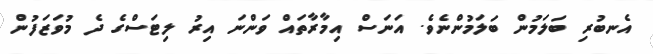
އެނބުރި ބަލަމުން ބަލަމުންނެވެ. އަނަސް އިމާރާތައް ވަންނަ އިރު ލިޓަސްގެ ދެ މުވަޒަފުން